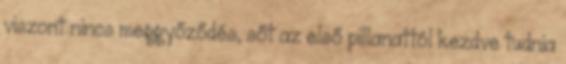
viszont nincs meggyőződés, sőt az első pillanattól kezdve tudnia